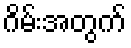
ဂိမ်းအတွက်